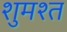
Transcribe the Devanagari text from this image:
शुमश्त